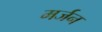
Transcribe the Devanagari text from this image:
मर्जन